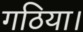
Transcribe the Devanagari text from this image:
गठिया।